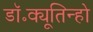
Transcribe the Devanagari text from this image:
डॉ॰क्यूतिन्हो